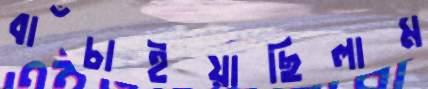
বাঁচাইয়াছিলাম